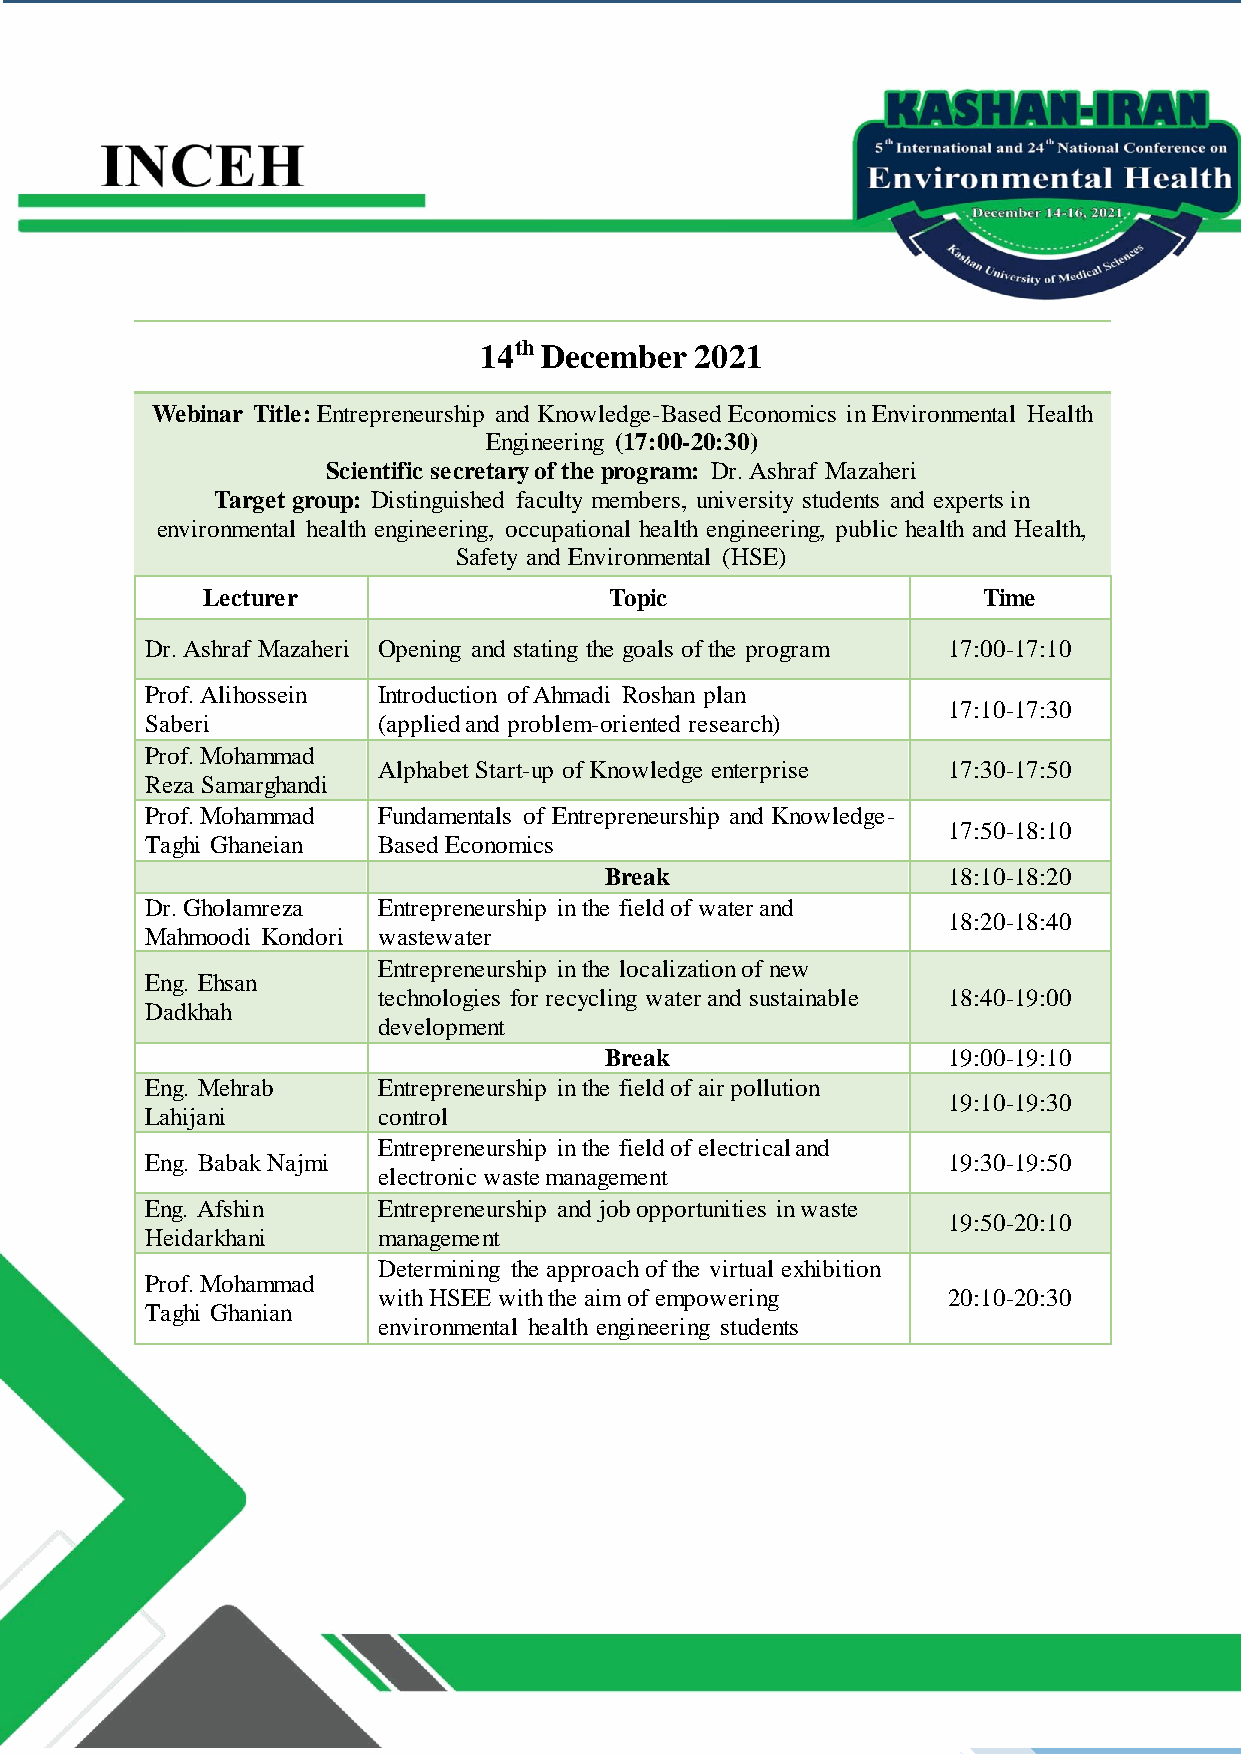
14th December 2021
 Webinar Title: Entrepreneurship and Knowledge-Based Economics in Environmental Health
 Engineering (17:00-20:30)
 Scientific secretary of the program: Dr. Ashraf Mazaheri
 Target group: Distinguished faculty members, university students and experts in
 environmental health engineering, occupational health engineering, public health and Health,
 Safety and Environmental (HSE)
 Lecturer                   Topic                    Time
 Dr. Ashraf Mazaheri Opening and stating the goals of the program 17:00-17:10
 Prof. Alihossein Introduction of Ahmadi Roshan plan
 17:10-17:30
 Saberi         (applied and problem-oriented research)
 Prof. Mohammad
 Alphabet Start-up of Knowledge enterprise 17:30-17:50
 Reza Samarghandi
 Prof. Mohammad Fundamentals of Entrepreneurship and Knowledge-
 17:50-18:10
 Taghi Ghaneian Based Economics
 Break                  18:10-18:20
 Dr. Gholamreza Entrepreneurship in the field of water and
 18:20-18:40
 Mahmoodi Kondori wastewater
 Entrepreneurship in the localization of new
 Eng. Ehsan
 technologies for recycling water and sustainable 18:40-19:00
 Dadkhah
 development
 Break                  19:00-19:10
 Eng. Mehrab    Entrepreneurship in the field of air pollution
 19:10-19:30
 Lahijani       control
 Entrepreneurship in the field of electrical and
 Eng. Babak Najmi                                     19:30-19:50
 electronic waste management
 Eng. Afshin    Entrepreneurship and job opportunities in waste
 19:50-20:10
 Heidarkhani    management
 Determining the approach of the virtual exhibition
 Prof. Mohammad
 with HSEE with the aim of empowering  20:10-20:30
 Taghi Ghanian
 environmental health engineering students